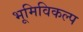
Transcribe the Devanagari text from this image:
भूमिविकल्प